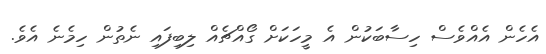
އެހެން އެއްވެސް ހިސާބަކުން އެ މީހަކަށް ގޯއްޗެއް ލިބިފައި ނެތުން ހިމެނެ އެވެ.